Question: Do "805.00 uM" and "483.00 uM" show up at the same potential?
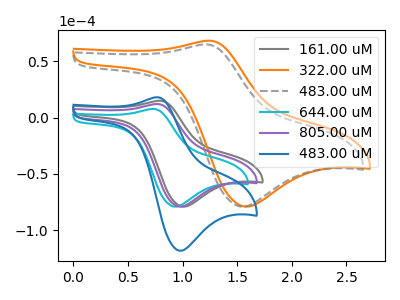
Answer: <think>The gray curve "161.00 uM" has an anodic peak at (0.80V, 14.95uA) and a cathodic peak at (1.00V, -79.05uA). The orange curve "322.00 uM" has an anodic peak at (1.25V, 68.30uA) and a cathodic peak at (1.60V, -79.05uA). The gray dashed curve "483.00 uM" has an anodic peak at (1.20V, 64.95uA) and a cathodic peak at (1.55V, -79.05uA). The cyan curve "644.00 uM" has an anodic peak at (0.75V, 7.70uA) and a cathodic peak at (0.95V, -79.05uA). The purple curve "805.00 uM" has an anodic peak at (0.75V, 12.05uA) and a cathodic peak at (1.00V, -79.05uA). The blue curve "483.00 uM" has an anodic peak at (0.75V, 18.05uA) and a cathodic peak at (1.00V, -118.20uA).
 All the peaks in "805.00 uM" have a peak in "483.00 uM" at the same potential. Every peak in "805.00 uM" is lower than every peak in "483.00 uM".</think>
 <answer>"805.00 uM" and "483.00 uM" are similar in shape.</answer>
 <eval>same_shape</eval>